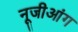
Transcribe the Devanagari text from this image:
नूजीआंग